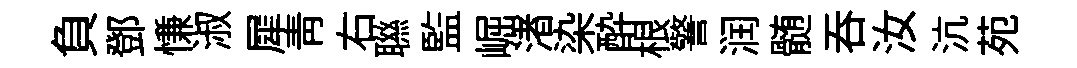
負鄧慊淑犀青右聮監崛渚染酔根警润髄吞汝沆苑